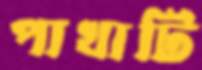
পাখাটি